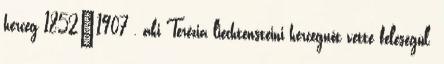
herceg 1852–1907 , aki Terézia liechtensteini hercegnőt vette feleségül.